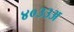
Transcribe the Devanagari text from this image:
४०३३अ